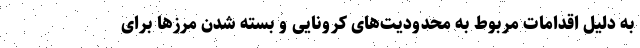
به دلیل اقدامات مربوط به محدودیت‌های کرونایی و بسته شدن مرزها برای